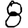
Digit: 8